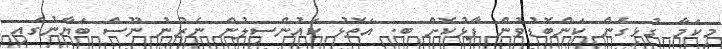
މިކަމާ ގުޅިގެން ކަންބޮޑުވުން ފާޅުކޮށް ބ. އަތޮޅު ކައުންސިލުން ނެރުނު ނޫސް ބަޔާނުގައި